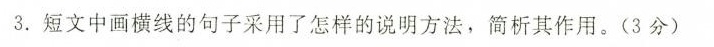
3.短文中画横线的句子采用了怎样的说明方法，简析其作用。(3分)